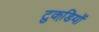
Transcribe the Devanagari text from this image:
टुकडि़यों